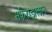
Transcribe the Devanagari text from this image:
सर्फराझखान